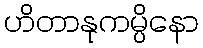
ဟိတာနုကမ္ပိနော